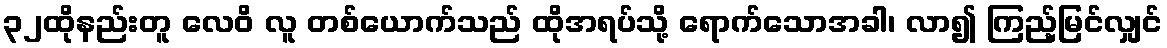
၃၂ထိုနည်းတူ လေဝိ လူ တစ်ယောက်သည် ထိုအရပ်သို့ ရောက်သောအခါ၊ လာ၍ ကြည့်မြင်လျှင်